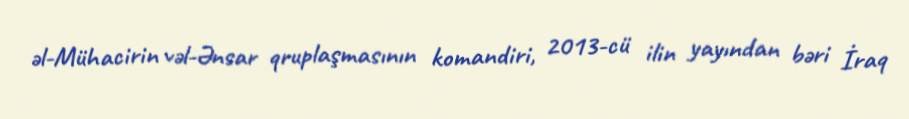
əl-Mühacirin vəl-Ənsar qruplaşmasının komandiri, 2013-cü ilin yayından bəri İraq